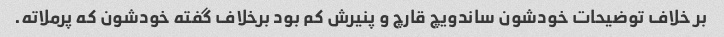
بر خلاف توضیحات خودشون ساندویچ قارچ و پنیرش کم بود برخلاف گفته خودشون که پرملاته.